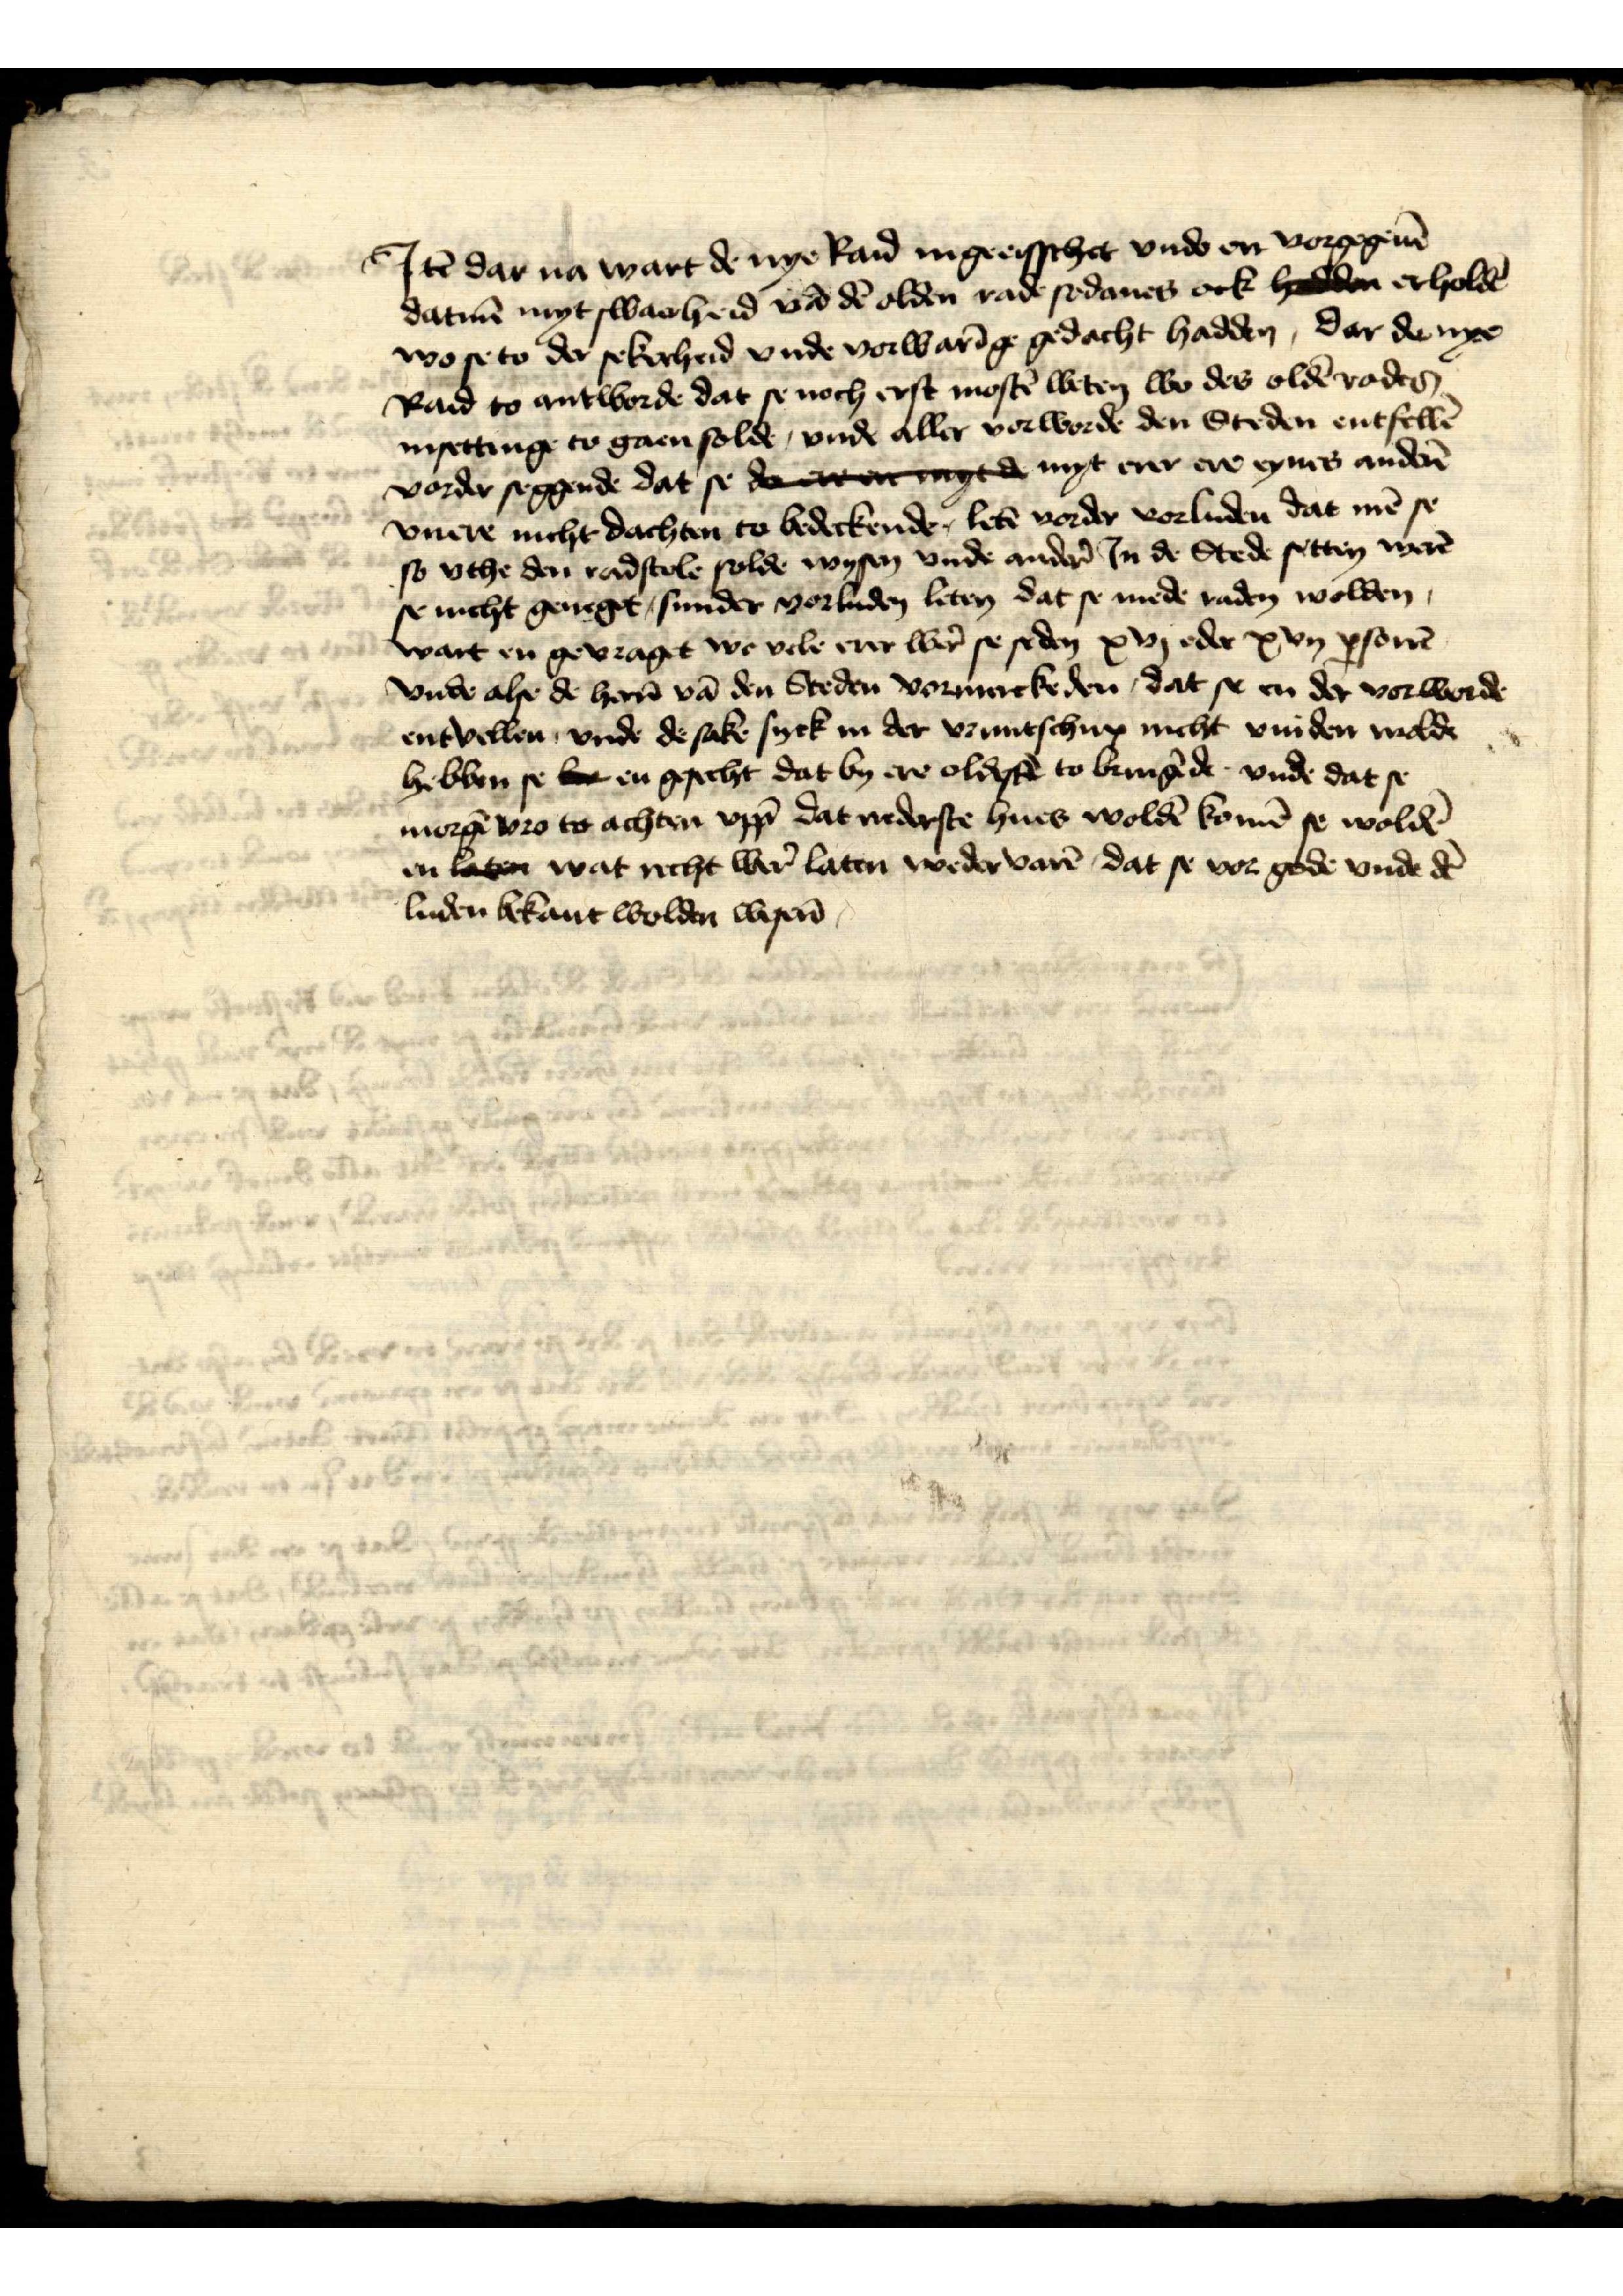
Jꝷ dar na wart de nye Raid ingeesschet vnde en vorgegeuē
datmen myt swaerheid vā dē olden van sodanes ock hedden erholdē
wo se to der sekerheid vnde vorwarīge gedacht hadden, dar de nye
Rad to antworde dat se noch erst mostē weten wo des oldē rades
insettinge to gaen solde, vnde aller vorworde den Steden entfellē
vorder seggende dat se de ere ere gede myt erer ere eynes anderē
vriere nicht dachten to bedeckende, letē vorder vorluden dat mē se
so vthe den radstolē solde wysen vnde ander̉ in de Stede setten werē
se nicht geneget, sunder vorluden leten dat se mede raden wolden
wart en gevraget we vele erer wer̉ se seden xvj edder xvij ꝑsonen
vnde alse de her̉n vā den Steden vormerckeden, dat se en der vorworde
entvellen, vnde de sake syck in der vruntschup nicht vinden wolde
hebben se vor en gesecht dat by ere oldestē to bringēde vnde dat se
morgē vro to achten vpp dat nedderste hues woldē komē se woldē
en laten wat recht wer̉ laten weddervarē, dat se vor gode vnde dē
luden bekant wolden wesen̄